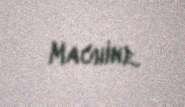
Machine.